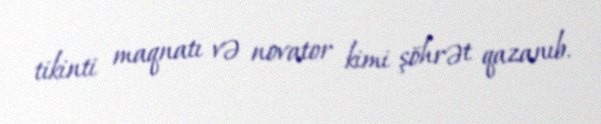
tikinti maqnatı və novator kimi şöhrət qazanıb.